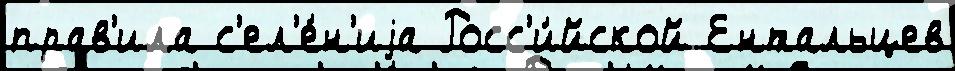
прав'ила с'ел'е́н'иjа Росс'и́йской Ентальцев